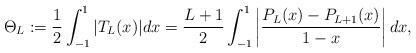
LaTeX: \begin{align*}{\rm \Theta}_L:=\frac12\int_{-1}^1|T_L(x)|dx=\frac{L+1}{2}\int_{-1}^1\left|\frac{P_L(x)-P_{L+1}(x)}{1-x}\right|dx,\end{align*}